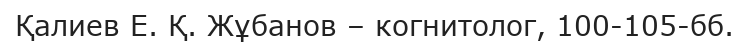
Қалиев Е. Қ. Жұбанов – когнитолог, 100-105-бб.